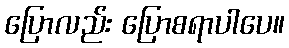
ပြောလည်း ပြောစရာပါပေ။